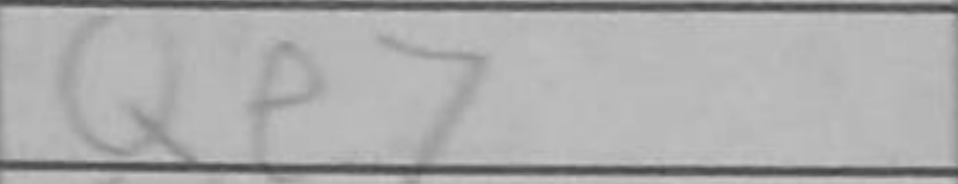
Transcription: Qe7